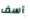
آسف